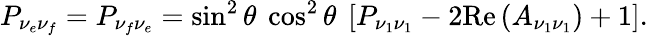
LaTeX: P_{\nu_{e}\nu_{f}}=P_{\nu_{f}\nu_{e}}=\sin^{2}\theta\ \cos^{2}\theta\ \left[P_{\nu_{1}\nu_{1}}-2\textrm{Re}\left(A_{\nu_{1}\nu_{1}}\right)+1\right].